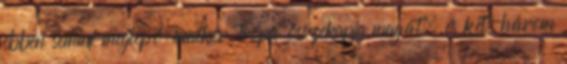
ebben semmi meglepő: amikor Tropa összekapja magát, és két-három